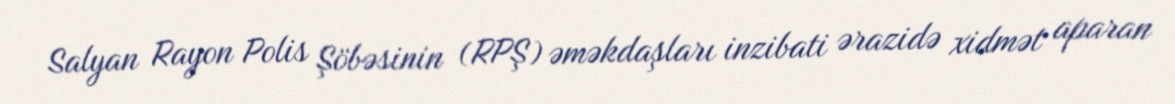
Salyan Rayon Polis Şöbəsinin (RPŞ) əməkdaşları inzibati ərazidə xidmət aparan